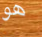
هو